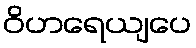
ဝိဟရေယျပေ